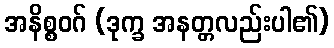
အနိစ္စဝဂ် (ဒုက္ခ အနတ္တလည်းပါ၏)